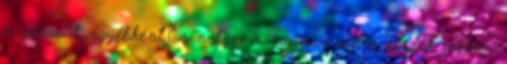
a sorozat, egyébként.És nekem a maine-i valós részek jobban